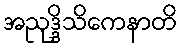
အညုဒ္ဒိသိကေနာတိ